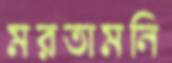
মরতামনি